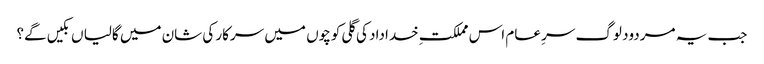
جب یہ مردود لوگ سرِ عام اس مملکتِ خداداد کی گلی کوچوں میں سرکار کی شان میں گالیا ں بکیں گے؟